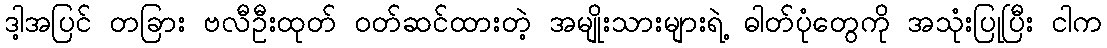
ဒါ့အပြင် တခြား ဗလီဦးထုတ် ဝတ်ဆင်ထားတဲ့ အမျိုးသားများရဲ့ ဓါတ်ပုံတွေကို အသုံးပြုပြီး ငါက